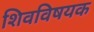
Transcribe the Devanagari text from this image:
शिवविषयक